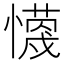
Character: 𭟈